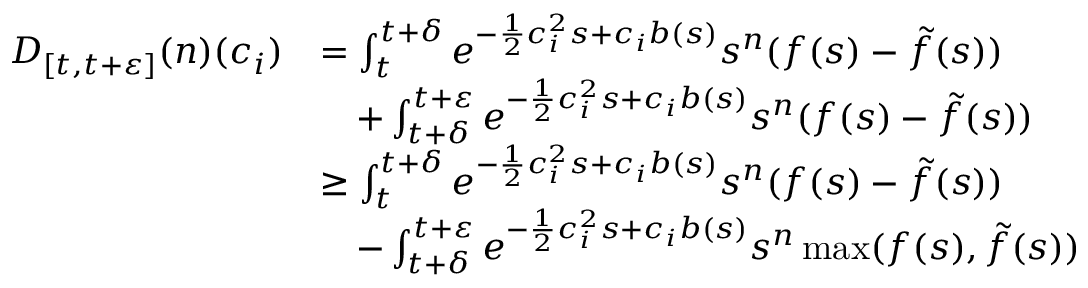
\begin{array} { r l } { D _ { [ t , t + \varepsilon ] } ( n ) ( c _ { i } ) } & { = \int _ { t } ^ { t + \delta } e ^ { - \frac { 1 } { 2 } c _ { i } ^ { 2 } s + c _ { i } b ( s ) } s ^ { n } ( f ( s ) - \tilde { f } ( s ) ) \d s } \\ & { \quad + \int _ { t + \delta } ^ { t + \varepsilon } e ^ { - \frac { 1 } { 2 } c _ { i } ^ { 2 } s + c _ { i } b ( s ) } s ^ { n } ( f ( s ) - \tilde { f } ( s ) ) \d s } \\ & { \geq \int _ { t } ^ { t + \delta } e ^ { - \frac { 1 } { 2 } c _ { i } ^ { 2 } s + c _ { i } b ( s ) } s ^ { n } ( f ( s ) - \tilde { f } ( s ) ) \d s } \\ & { \quad - \int _ { t + \delta } ^ { t + \varepsilon } e ^ { - \frac { 1 } { 2 } c _ { i } ^ { 2 } s + c _ { i } b ( s ) } s ^ { n } \operatorname* { m a x } ( f ( s ) , \tilde { f } ( s ) ) \d s } \end{array}